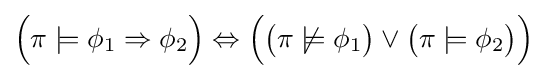
{\Big (}\pi \models \phi _{1}\Rightarrow \phi _{2}{\Big )}\Leftrightarrow {\Big (}{\big (}\pi \not \models \phi _{1}{\big )}\lor {\big (}\pi \models \phi _{2}{\big )}{\Big )}